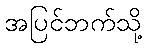
အပြင်ဘက်သို့